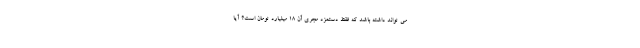
می تواند داشته باشد که فقط دستمزد مجری آن 18 میلیارد تومان است؟ آیا